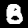
Digit: 8